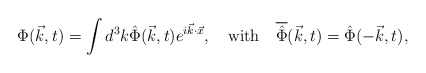
\begin{align*}\Phi(\vec k, t) = \int d^3k {\hat{\Phi}}(\vec k, t) e^{i{\vec k}\cdot{\vec x}},\quad {\rm with} \quad {\overline{\hat\Phi}}(\vec k, t) = {\hat\Phi}(-\vec k, t),\end{align*}